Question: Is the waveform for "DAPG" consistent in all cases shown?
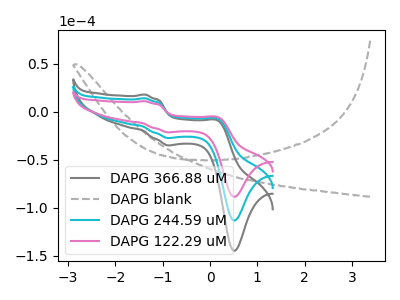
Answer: <think>The gray curve "DAPG 366.88 uM" has anodic peaks at (-1.35V, 28.10uA) (0.20V, -15.05uA) and cathodic peaks at (-0.85V, -54.85uA) (0.50V, -226.90uA). The gray dashed curve "DAPG blank" has no peaks. The cyan curve "DAPG 244.59 uM" has anodic peaks at (-1.35V, 14.05uA) (0.20V, -7.55uA) and cathodic peaks at (-0.85V, -27.45uA) (0.50V, -113.45uA). The pink curve "DAPG 122.29 uM" has anodic peaks at (-1.35V, 11.00uA) (0.20V, -5.90uA) and cathodic peaks at (-0.85V, -21.45uA) (0.50V, -88.75uA).
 "DAPG 366.88 uM" and "DAPG blank" have a different number of peaks. All the peaks in "DAPG 366.88 uM" have a peak in "DAPG 244.59 uM" at the same potential. All the peaks in "DAPG 366.88 uM" have a peak in "DAPG 122.29 uM" at the same potential. "DAPG blank" and "DAPG 244.59 uM" have a different number of peaks. "DAPG blank" and "DAPG 122.29 uM" have a different number of peaks. All the peaks in "DAPG 244.59 uM" have a peak in "DAPG 122.29 uM" at the same potential.</think>
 <answer>All the CV's of "DAPG" have similar shape.</answer>
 <eval>follow_rule</eval>